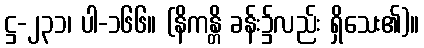
ဋ္ဌ-၂၃၁၊ ပါ-၁၆၆။ (နိကန္တိ ခန်း၌လည်း ရှိသေး၏)။